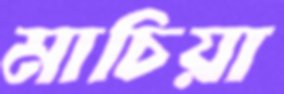
মাচিয়া